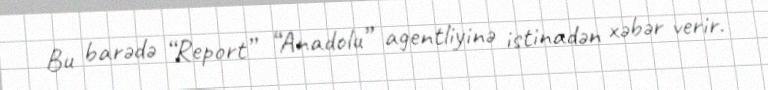
Bu barədə “Report” “Anadolu” agentliyinə istinadən xəbər verir.